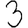
Digit: 3